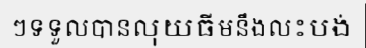
ៗទទួលបានលុយធីមនឹងលះបង់